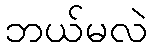
ဘယ်မလဲ